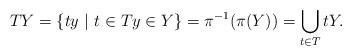
LaTeX: \begin{align*} TY=\{ty~|~t\in T y\in Y\}= \pi^{-1}(\pi(Y))= \bigcup_{t \in T} tY.\end{align*}